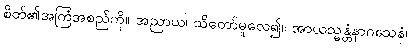
စိတ်၏အကြံအစည်ကို။ အညာယ၊ သိတော်မူလေ၍။ အာယသ္မန္တံနာဂသေနံ၊